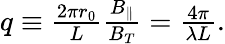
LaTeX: \begin{array}{r}{q\equiv\frac{2\pi r_{0}}{L}\frac{B_{\parallel}}{B_{T}}=\frac{4\pi}{\lambda L}.}\end{array}